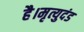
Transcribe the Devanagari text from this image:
है।मृत्युदंड